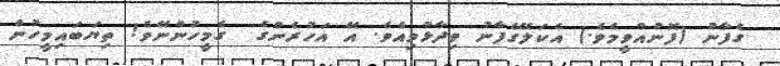
ގެފާނު (ފޮނުއްވީމެވެ.) އެކަލޭގެފާނު ވިދާޅުވިއެވެ. އޭ އަހުރެންގެ  ގެމީހުންނޭވެ! ތިޔަބައިމީހުން